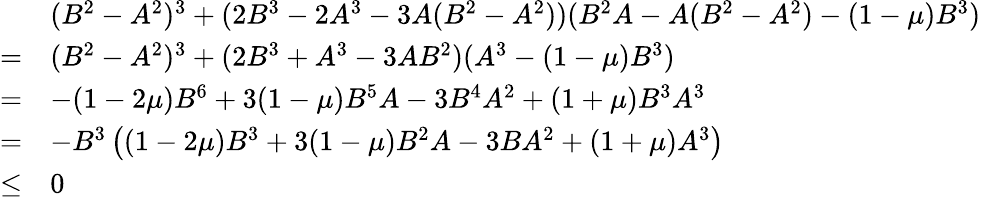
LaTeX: \begin{array}{rl}&{(B^{2}-A^{2})^{3}+(2B^{3}-2A^{3}-3A(B^{2}-A^{2}))(B^{2}A-A(B^{2}-A^{2})-(1-\mu)B^{3})}\\ {=}&{(B^{2}-A^{2})^{3}+(2B^{3}+A^{3}-3AB^{2})(A^{3}-(1-\mu)B^{3})}\\ {=}&{-(1-2\mu)B^{6}+3(1-\mu)B^{5}A-3B^{4}A^{2}+(1+\mu)B^{3}A^{3}}\\ {=}&{-B^{3}\left((1-2\mu)B^{3}+3(1-\mu)B^{2}A-3BA^{2}+(1+\mu)A^{3}\right)}\\ {\leq}&{0}\end{array}